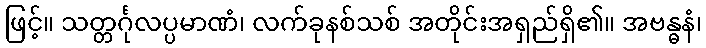
ဖြင့်။ သတ္တင်္ဂုလပ္ပမာဏံ၊ လက်ခုနစ်သစ် အတိုင်းအရှည်ရှိ၏။ အဗန္ဓနံ၊